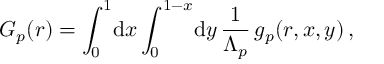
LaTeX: G _ { p } ( r ) = \int _ { 0 } ^ { 1 } \! \mathrm { d } x \int _ { 0 } ^ { 1 - x } \! \mathrm { d } y \, \frac 1 { \Lambda _ { p } } \, g _ { p } ( r , x , y ) \, ,